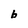
Character: b